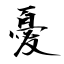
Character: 憂